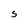
Character: S